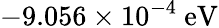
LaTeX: -9.056\times 10^{-4}\ {\mathrm{eV}}